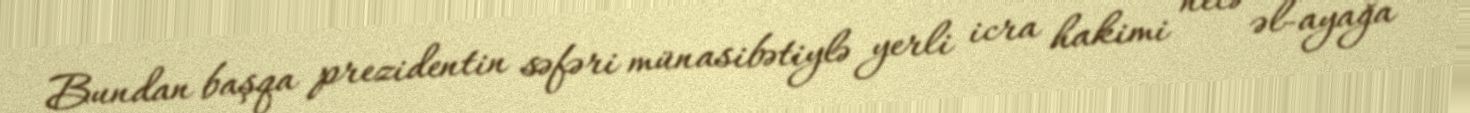
Bundan başqa prezidentin səfəri münasibətiylə yerli icra hakimi necə əl-ayağa